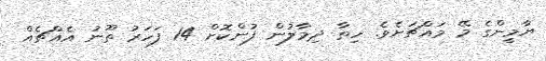
ޔާމީންގެ މޭ މައްޗަށެވެ. ހިތާ ދިމާލުން ފުންކޮށް 14 ފަހަރު ތޫނު އެއްޗެއް